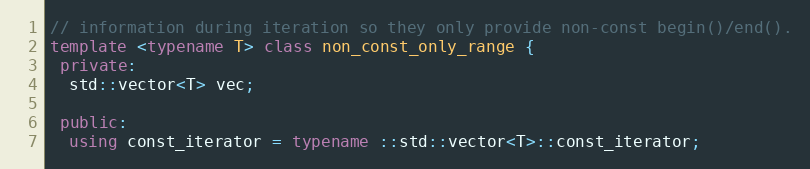
Language: C++
// information during iteration so they only provide non-const begin()/end().
template <typename T> class non_const_only_range {
 private:
  std::vector<T> vec;

 public:
  using const_iterator = typename ::std::vector<T>::const_iterator;